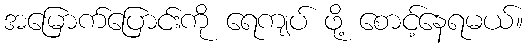
အမြောက်ပြောင်းကို ရေကျပ် ဖို့ စောင့်နေရမယ်။